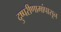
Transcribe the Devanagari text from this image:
दुष्परीणामांपासून